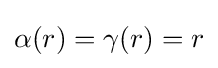
\alpha (r)=\gamma (r)=r